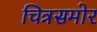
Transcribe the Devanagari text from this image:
चित्रसमोर